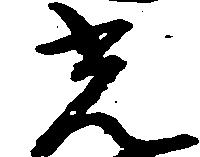
光